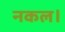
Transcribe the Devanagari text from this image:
नकल।